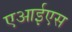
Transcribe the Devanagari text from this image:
एआईएस